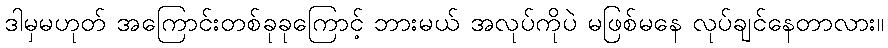
ဒါမှမဟုတ် အကြောင်းတစ်ခုခုကြောင့် ဘားမယ် အလုပ်ကိုပဲ မဖြစ်မနေ လုပ်ချင်နေတာလား။